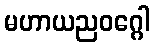
မဟာယညဝဂ္ဂေါ